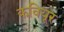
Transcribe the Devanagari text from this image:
कवियूर